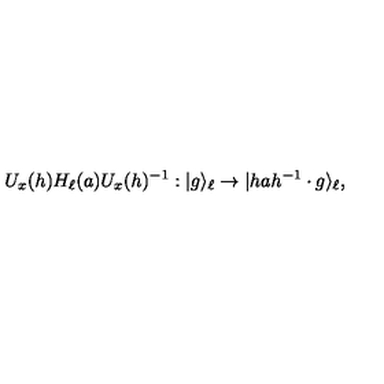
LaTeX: U _ { x } ( h ) H _ { \ell } ( a ) U _ { x } ( h ) ^ { - 1 } : | g \rangle _ { \ell } \to | h a h ^ { - 1 } \cdot g \rangle _ { \ell } ,